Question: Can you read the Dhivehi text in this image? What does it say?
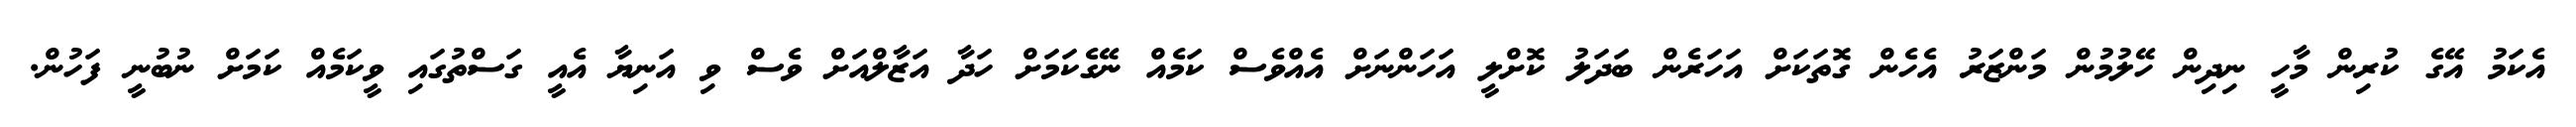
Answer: އެކަމު އޭގެ ކުރިން މާހީ ނިދިން ހޭލުމުން މަންޒަރު އެހެން ގޮތަކަށް އަހަރެން ބަދަލު ކޮށްލީ އަހަންނަށް އެއްވެސް ކަމެއް ނޭގެކަމަށް ހަދާ އަޒާލްއަށް ވެސް ވި އަނިޔާ އެއީ ގަސްތުގައި ވީކަމެއް ކަމަށް ނުބުނީ ފަހުން.